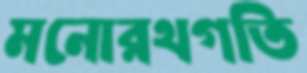
মনোরথগতি